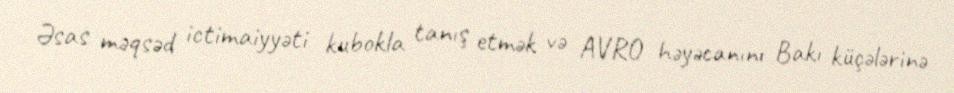
Əsas məqsəd ictimaiyyəti kubokla tanış etmək və AVRO həyəcanını Bakı küçələrinə